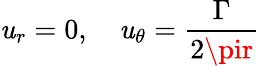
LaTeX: \mathit{u}_{r}=0,\quad\mathit{u}_{\theta}={\frac{{\Gamma}}{{2\pir}}}